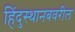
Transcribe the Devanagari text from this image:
हिंदुस्थानबवरील